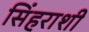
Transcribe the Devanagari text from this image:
सिंहराशी